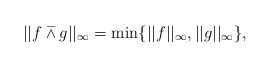
LaTeX: \begin{align*}||f\barwedge g||_{\infty }=\min \{||f||_{\infty },||g||_{\infty }\},\end{align*}